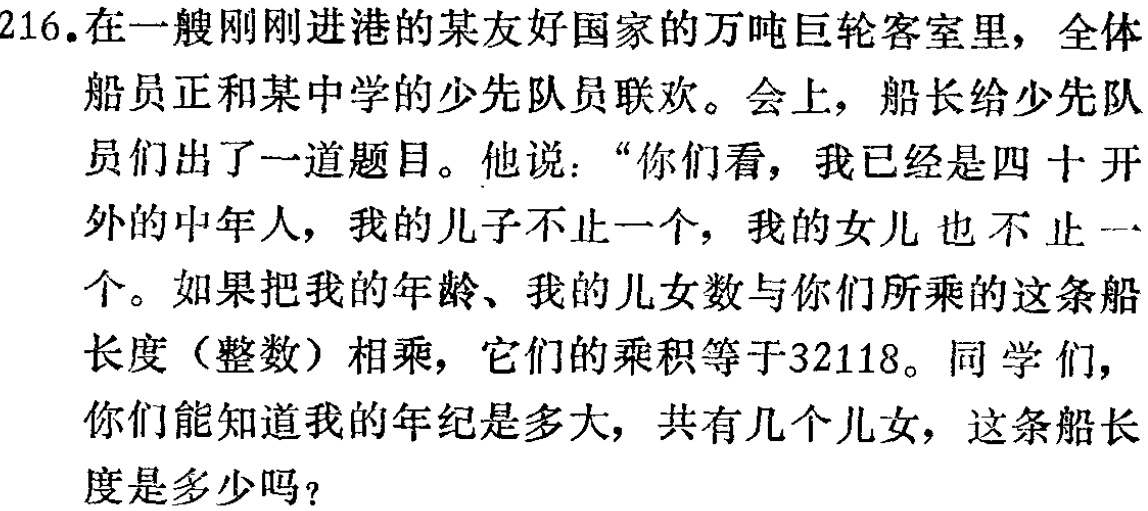
216.在一艘刚刚进港的某友好国家的万吨巨轮客室里，全体

船员正和某中学的少先队员联欢。会上，船长给少先队

员们出了一道题目。他说：“你们看，我已经是四十开

外的中年人，我的儿子不止一个，我的女儿也不止一

个。如果把我的年龄、我的儿女数与你们所乘的这条船

长度（整数）相乘，它们的乘积等于32118。同学们，

你们能知道我的年纪是多大，共有几个儿女，这条船长

度是多少吗？